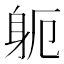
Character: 𮜯